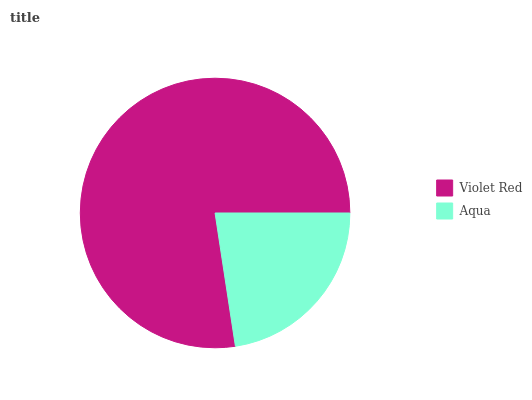
| Violet Red | Aqua |
 | --- | --- |
 | 77.4% | 22.6% |